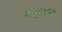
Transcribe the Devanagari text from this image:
बन्धुजनो